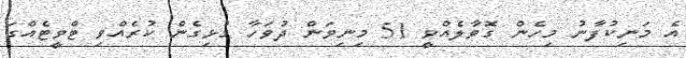
އެ މަނިކުފާނު މިހެން ގޮވާލެއްވީ 51 މިނިވަން ދުވަހާ ގުޅިގެން ކުރެއްވި ޓްވީޓެއްގަ